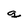
Character: q